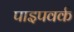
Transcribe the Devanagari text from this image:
पाइपवर्क